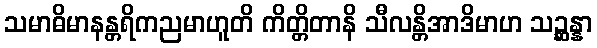
သမာဓိမာနန္တရိကညမာဟူတိ ကိတ္တိတာနိ သီလန္တိအာဒိမာဟ သဉ္ဆန္နာ